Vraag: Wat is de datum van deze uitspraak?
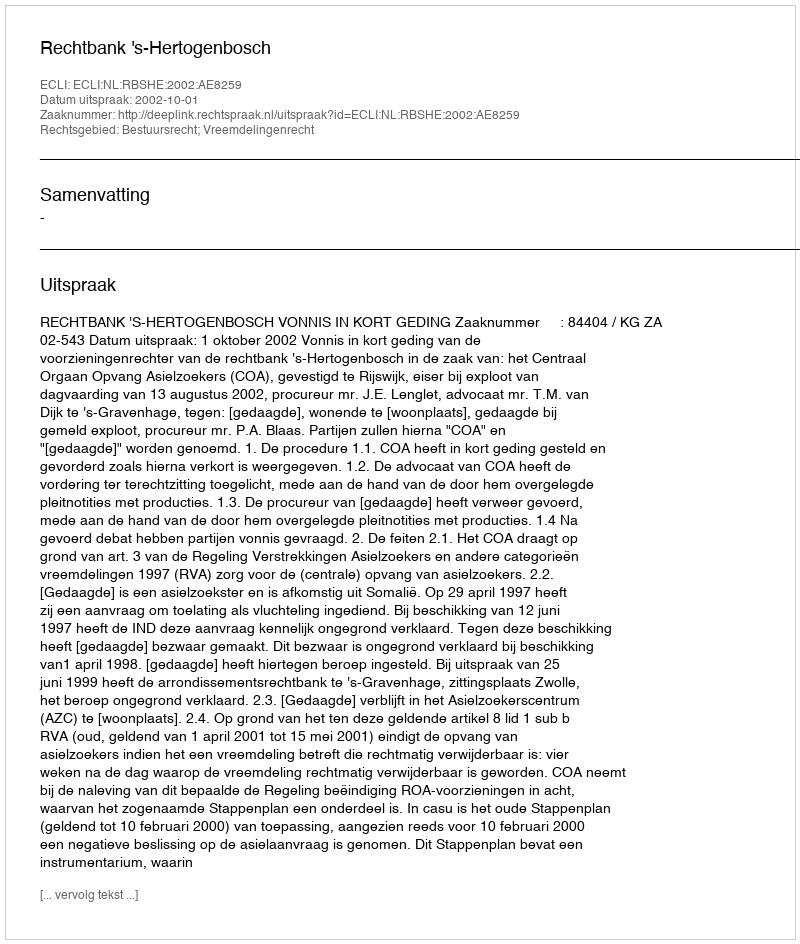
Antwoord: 2002-10-01